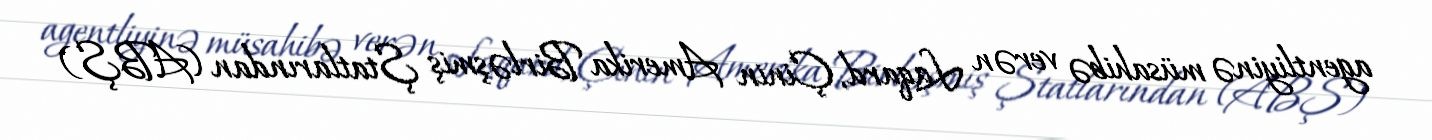
agentliyinə müsahibə verən Laqard, Çinin Amerika Birləşmiş Ştatlarından (ABŞ)